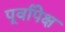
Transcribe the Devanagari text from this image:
पूर्वापेक्ष